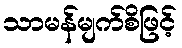
သာမန်မျက်စိဖြင့်